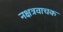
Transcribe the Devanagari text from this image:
नक्षत्रवाचक